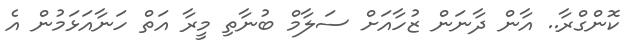
ކޮންގްރާ.. އާން ދާނަން ޒުހާއަށް ސަލާމް ބުނާތި މީރާ އަތް ހަނާއަޅަމުން އެ